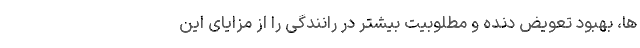
ها، بهبود تعویض دنده و مطلوبیت بیشتر در رانندگی را از مزایای این